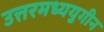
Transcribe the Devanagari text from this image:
उत्तरमध्ययुगीन